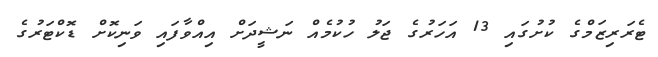
ޓެރަރިޒަމްގެ ކުށުގައި 13 އަހަރުގެ ޖަލު ހުކުމެއް ނަޝީދަށް އިއްވާފައި ވަނިކޮށް ޑޮކްޓަރުގެ